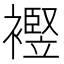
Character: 𧞀